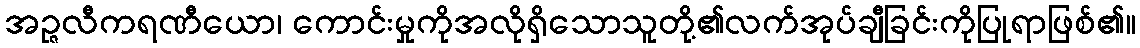
အဉ္ဇလီကရဏီယော၊ ကောင်းမှုကိုအလိုရှိသောသူတို့၏လက်အုပ်ချီခြင်းကိုပြုရာဖြစ်၏။